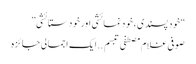
“خود پسندی ، خود نمائشی اور خود ستائشی”
صوفی غلام مصطفی تبسم ..ایک اجمالی جائزہ